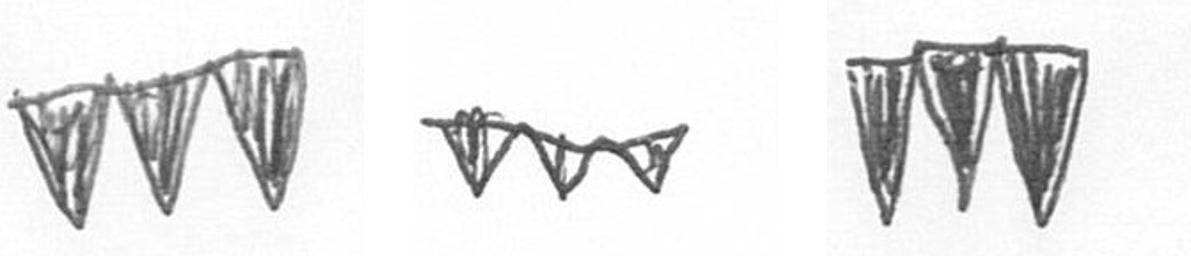
L L L